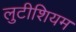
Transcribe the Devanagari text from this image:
लुटीशियम